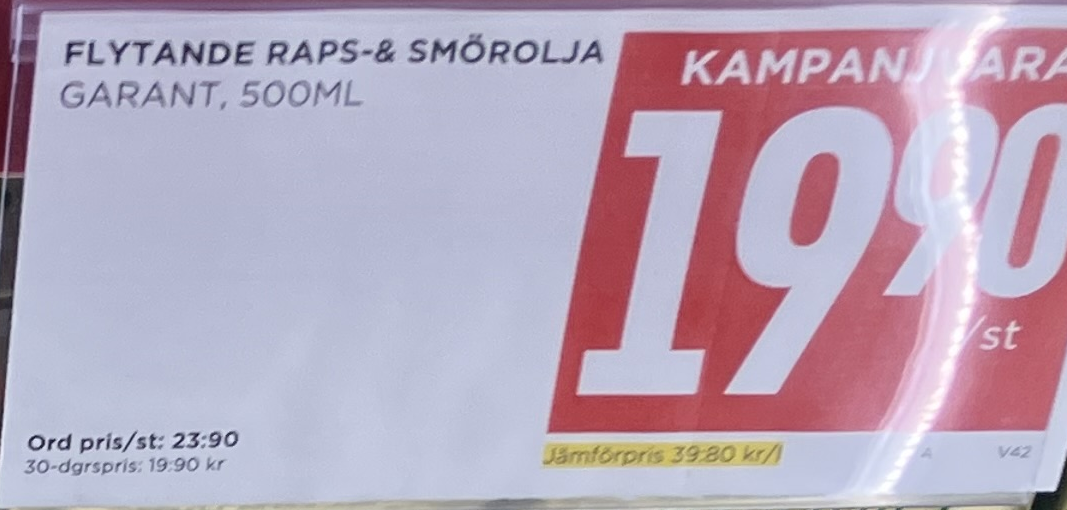
Vara: Flytande Raps-& Smörolja
Genomsnittspris: 39.8 per L